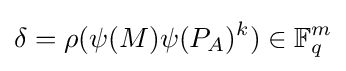
\delta =\rho (\psi (M)\psi (P_{A})^{k})\in \mathbb {F} _{q}^{m}